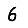
Digit: 6